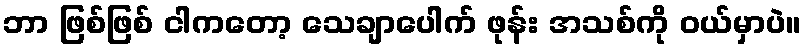
ဘာ ဖြစ်ဖြစ် ငါကတော့ သေချာပေါက် ဖုန်း အသစ်ကို ဝယ်မှာပဲ။